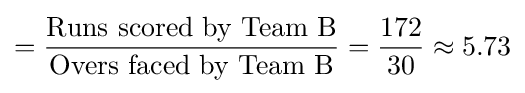
={\frac {\text{Runs scored by Team B}}{\text{Overs faced by Team B}}}={\frac {172}{30}}\approx 5.73